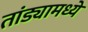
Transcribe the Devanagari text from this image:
तांड्यामध्ये